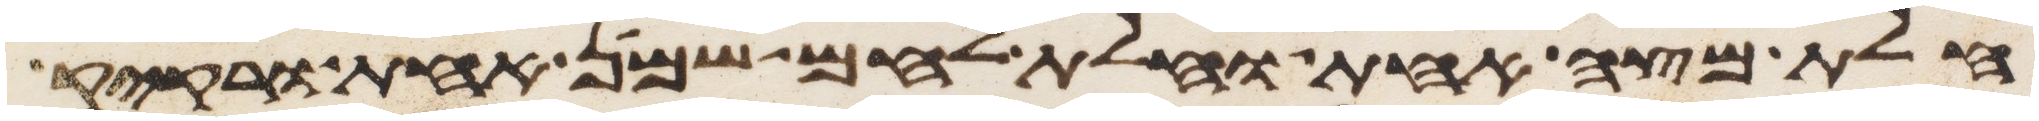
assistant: חלת מצה אחת וחלת לחם שמן אחת ורקיק